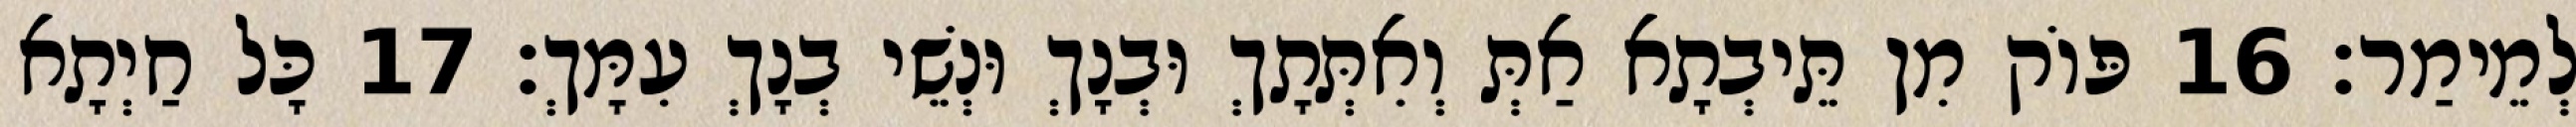
לְמֵימַר׃ 16 פּוֹק מִן תֵּיבְתָא אַתְּ וְאִתְּתָךְ וּבְנָךְ וּנְשֵׁי בְנָךְ עִמָּךְ׃ 17 כָּל חַיְתָא